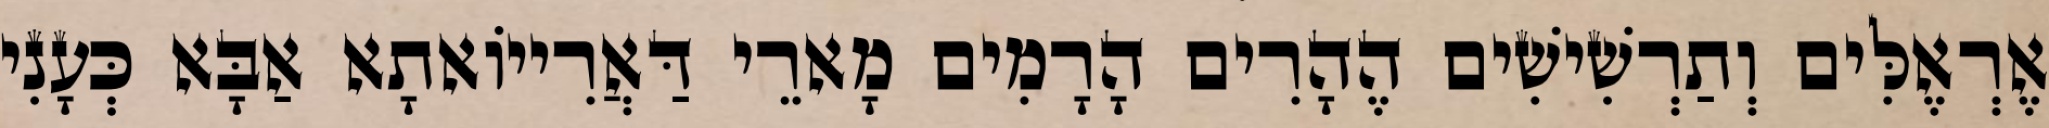
אֶרְאֶלִּים וְתַרְשִׁישִׁים הֶהָרִים הָרָמִים מָארֵי דַּאֲרִייוֹאתָא אַבָּא כְּעָנִי